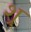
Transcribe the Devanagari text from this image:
श्र्